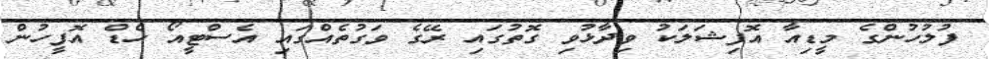
ފުލުހުންގެ މީޑިއާ އޮފިޝަލަކު ވިދާޅުވި ގޮތުގައި ރޭގެ ވަގުތެއްގައި އެެސްޓީއޯ ހެޑް އޮފީހުން